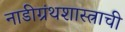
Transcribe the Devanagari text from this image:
नाडीग्रंथशास्त्राची